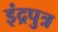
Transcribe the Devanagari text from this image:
इंद्रपुत्र